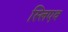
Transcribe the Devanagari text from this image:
स्लिएव